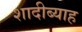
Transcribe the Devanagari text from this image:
शादीब्याह